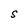
Character: S